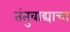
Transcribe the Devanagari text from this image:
तंतुवाद्याचा